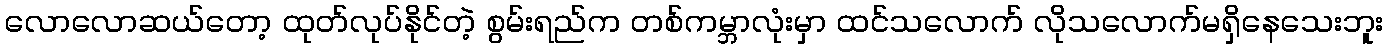
လောလောဆယ်တော့ ထုတ်လုပ်နိုင်တဲ့ စွမ်းရည်က တစ်ကမ္ဘာလုံးမှာ ထင်သလောက် လိုသလောက်မရှိနေသေးဘူး